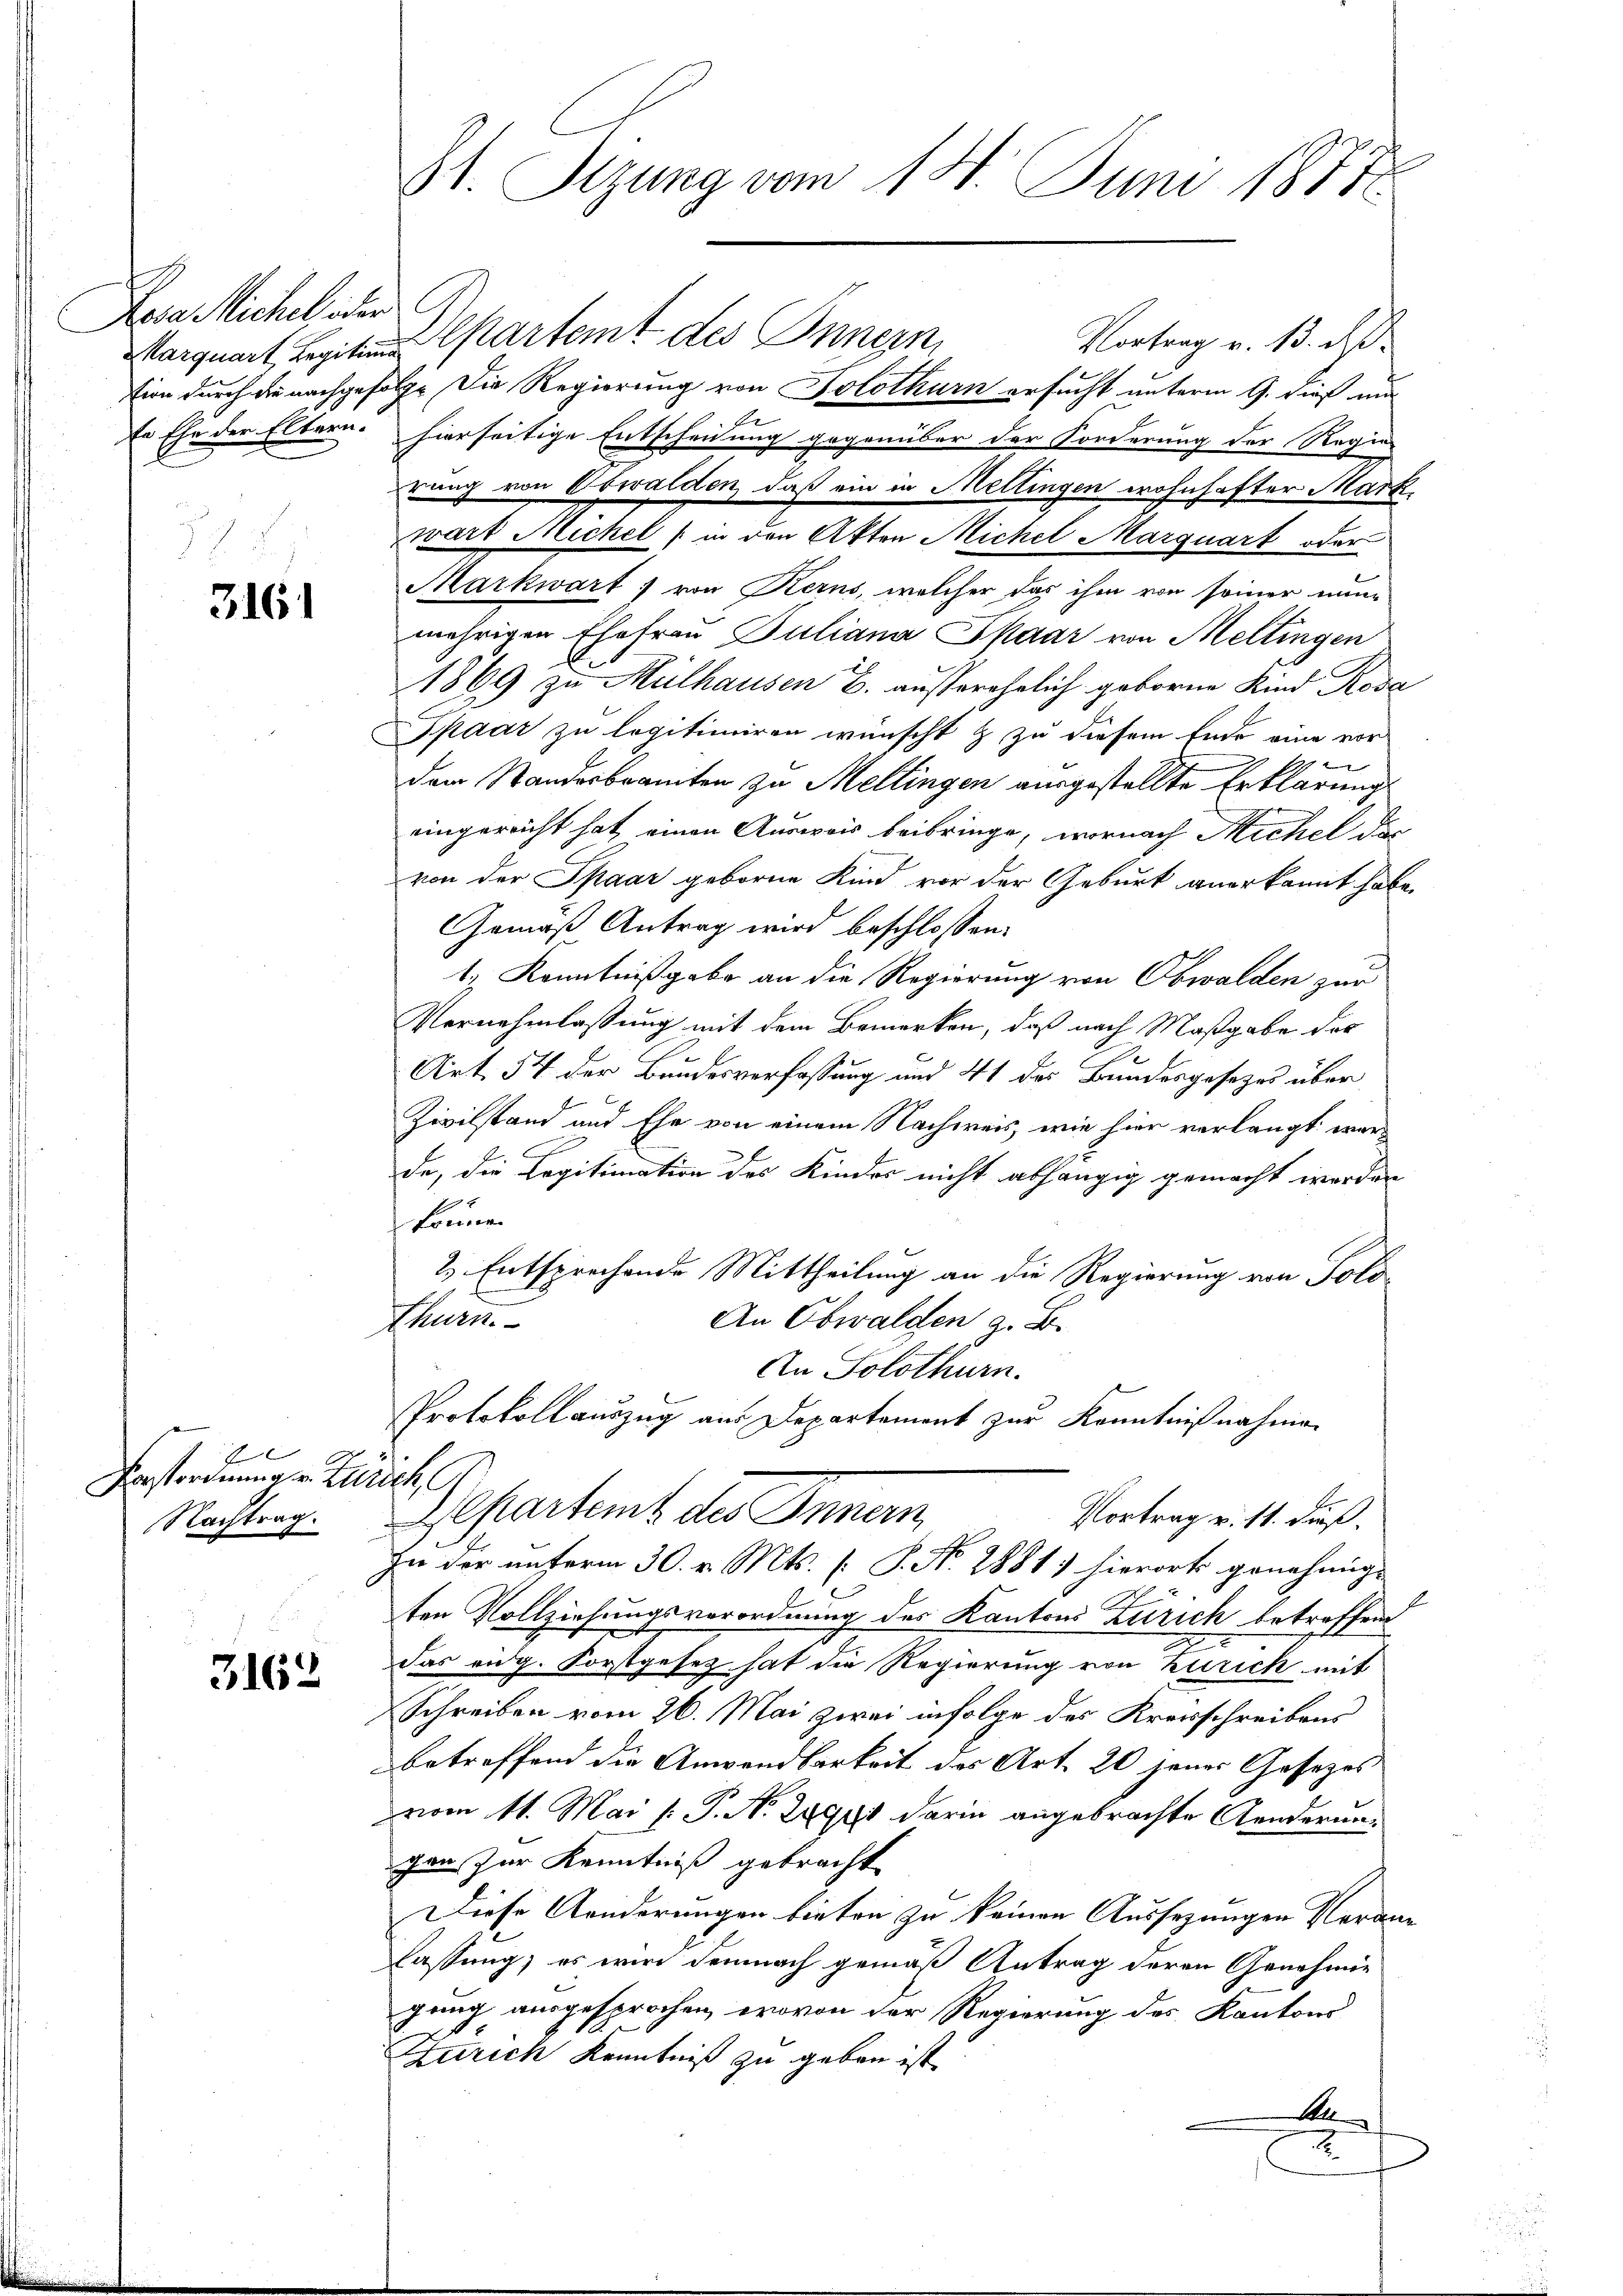
Dose Michael oder
Er Ehe der Eltern.

3161

2
Vorstordnung v. Zürich
Nachtrag.

3162

St. Sizung vom 14. Juni 1877

Vortrag v. 13. ds.
Marquart, Legitime partemt des Innern
tion durch die nachgefolge die Regierung von Solothurn ersucht unterm 9. dieß ma
E
rung von Obwalden, daß ein in Mettingen wohnhafter Mark
wart Nickel (in den Akten Michel Marquart oder
Markwart) von Kerns, welcher das ihm von seiner nun-
mehrigen Ehefrau Juliana Spaar von Mellingen
1869 zu Mülhausen B. ausserehrlich geborne Kind Rosa
Spaar zu legitimiren wünscht & zu diesem Ende eine vor
t
dem Standesbranten zu Mellingen ausgestellte Erklärung
eingereicht hat einen Ausweis beibringe, wornach Michel de
von der Spaar geborne Kind vor der Geburt anerkannt habe.
Gemäß Antrag wird beschlossen:
h
1. Kenntnißgabe an die Regierung von Obwalden zur
Vernehmlassung mit dem Bemerken, daß nach Maßgabe der
Art. 54 der Bundesverfassung und 41 des Bundesgesezes über
Zivilstand und Ehe von einem Nachweis, wie hier verlangt werde, die Legitimation des Kinder nicht abhängig gemacht werden
Frauen
2. Entsprechende Mittheilung an die Regierung von Tolo-
An Obwalden z. B.
thurn.
An Solothurn.
Protokollauszug aus Departement zur Kenntnißnahmen

hierseitige Entscheidung gegenüber der Forderung der Regie

epartemb des Innern
Vortrag v. 11. daß
In der unterm 30. v. Mts. [S. No. 2881) hierort genehmigt

B
ten Vollziehungsverordnung des Kantons Zürich betreffend
das eidg. Forstgesetz hat die Regierung von Zürich mit
Schreiben vom 26. Mai zwei infolge des Kreisschreibens
betreffend die Anwendbarkeit des Art. 20 jener Gesetzes
vom 11. Mai /: P. N. 289 darin angebrachte Aenderungen zur Kenntniß gebracht
Diese Aenderungen bieten zu keinen Aussezungen Veran
lassung, es wird demnach gemäß Antrag deren Genehmigung ausgesprochen, wovon der Regierung des Kantons
Zürich Kenntniß zu geben ist
M
2